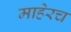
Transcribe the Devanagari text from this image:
माहेरच